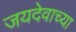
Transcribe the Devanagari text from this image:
जयदेवाच्या